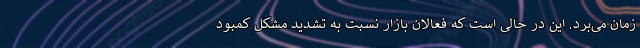
زمان می‌برد. این در حالی است که فعالان بازار نسبت به تشدید مشکل کمبود